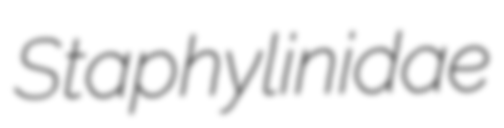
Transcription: Staphylinidae